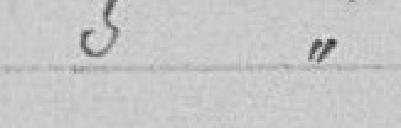
5